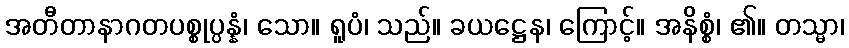
အတီတာနာဂတပစ္စုပ္ပန္နံ၊ သော။ ရူပံ၊ သည်။ ခယဋ္ဌေန၊ ကြောင့်။ အနိစ္စံ၊ ၏။ တသ္မာ၊